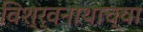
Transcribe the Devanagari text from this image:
विश्र्वनाथाच्या